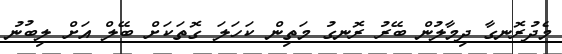
މެދުރޮނގާ ދިމާލުން ބޭރު ރޮނގު މަތިން ކަހަލަ ގޮތަކަށް ބޭލް އަށް ލިބުނު